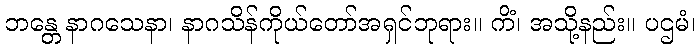
ဘန္တေ နာဂသေနာ၊ နာဂသိန်ကိုယ်တော်အရှင်ဘုရား။ ကိံ၊ အသို့နည်း။ ပဌမံ၊